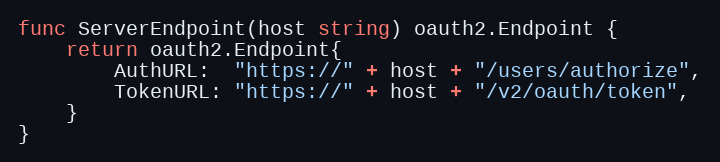
Language: Go
func ServerEndpoint(host string) oauth2.Endpoint {
	return oauth2.Endpoint{
		AuthURL:  "https://" + host + "/users/authorize",
		TokenURL: "https://" + host + "/v2/oauth/token",
	}
}